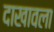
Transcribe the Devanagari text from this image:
दाखावला